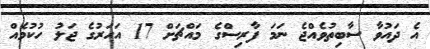
އެ ދައުވާ ސާބިތުވެއްޖެ ނަމަ ފާރިސްގެ މައްޗަށް 17 އަހަރުގެ ޖަލު ހުކުމެއް